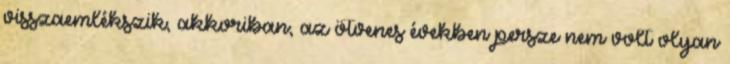
visszaemlékszik, akkoriban, az ötvenes években persze nem volt olyan